Lunatic asylums Central Provinces reports 1910-1926 - 1910-1926
Year: 1910
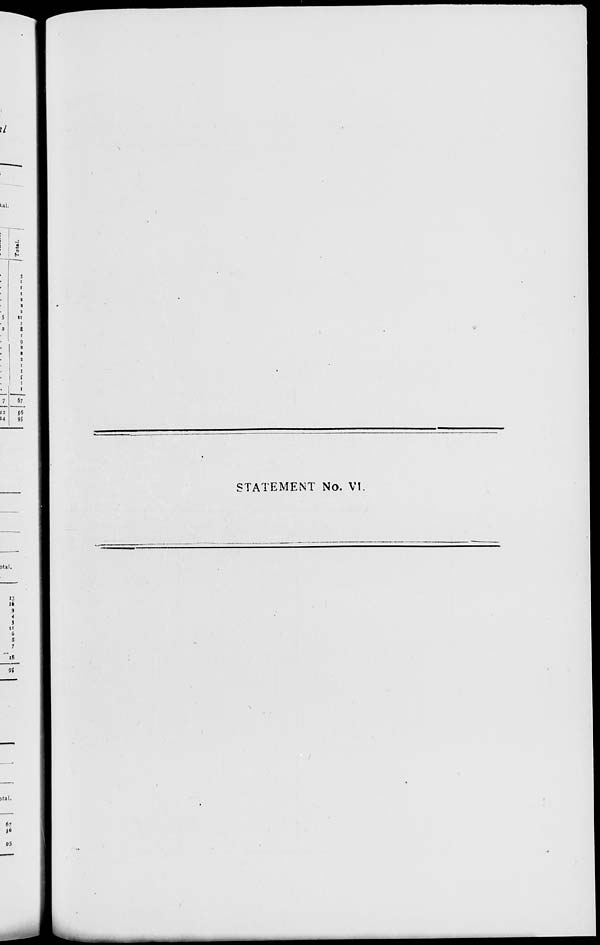
STATEMENT No. VI.